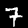
Digit: 7